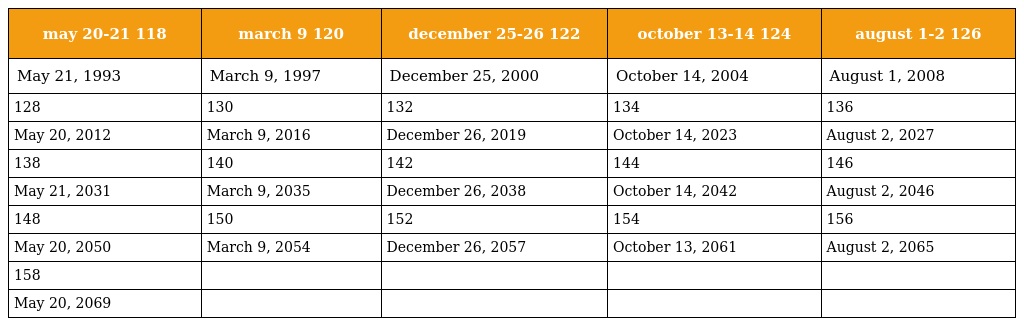
| may 20-21 118 | march 9 120 | december 25-26 122 | october 13-14 124 | august 1-2 126 |
 | --- | --- | --- | --- | --- |
 | May 21, 1993 | March 9, 1997 | December 25, 2000 | October 14, 2004 | August 1, 2008 |
 | 128 | 130 | 132 | 134 | 136 |
 | May 20, 2012 | March 9, 2016 | December 26, 2019 | October 14, 2023 | August 2, 2027 |
 | 138 | 140 | 142 | 144 | 146 |
 | May 21, 2031 | March 9, 2035 | December 26, 2038 | October 14, 2042 | August 2, 2046 |
 | 148 | 150 | 152 | 154 | 156 |
 | May 20, 2050 | March 9, 2054 | December 26, 2057 | October 13, 2061 | August 2, 2065 |
 | 158 |  |  |  |  |
 | May 20, 2069 |  |  |  |  |